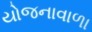
યોજનાવાળા